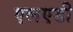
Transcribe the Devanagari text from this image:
एलएडी